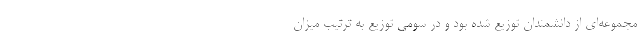
مجموعه‌ای از دانشمندان توزیع شده بود و در سومی توزیع به ترتیب میزان